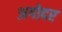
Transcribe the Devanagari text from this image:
अगोदर